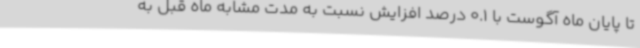
تا پایان ماه آگوست با 0.1 درصد افزایش نسبت به مدت مشابه ماه قبل به